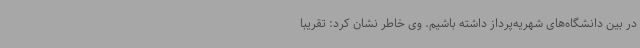
در بین دانشگاه‌های شهریه‌پرداز داشته باشیم. وی خاطر نشان کرد: تقریبا